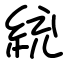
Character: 統